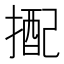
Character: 𢲭